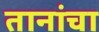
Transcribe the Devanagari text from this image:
तानांचा